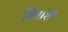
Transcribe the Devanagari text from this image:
मित्रांशी